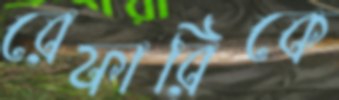
রেফারিকে